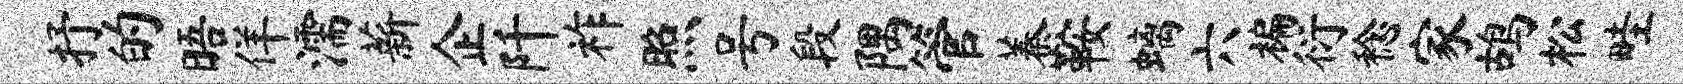
抒的晤佯濡薪企阡祚照号段隅管蓁鞍螭六褊衍稔家鸪松畦